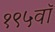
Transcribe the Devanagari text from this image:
१९५वॉ